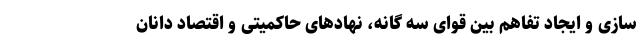
سازی و ایجاد تفاهم بین قوای سه گانه، نهادهای حاکمیتی و اقتصاد دانان